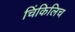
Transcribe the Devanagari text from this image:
चिंकिलिच